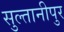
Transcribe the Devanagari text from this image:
सुल्तानीपुर